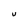
Character: U